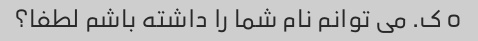
o ک. می توانم نام شما را داشته باشم لطفا؟